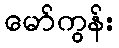
မော်ကွန်း